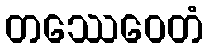
တဿေဝေတံ